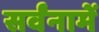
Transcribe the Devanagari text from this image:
सर्वंनामें